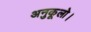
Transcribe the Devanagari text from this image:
अनुकूलो।